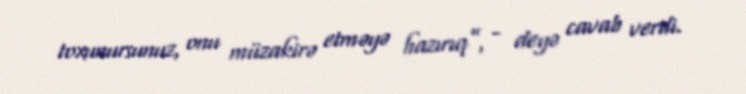
toxunursunuz, onu müzakirə etməyə hazırıq”, - deyə cavab verdi.